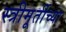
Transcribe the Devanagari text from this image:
स्त्रीमूर्तीच्या